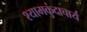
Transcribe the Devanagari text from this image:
श्यामकुंदाचार्य